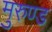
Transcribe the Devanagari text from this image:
मुरुण्ड